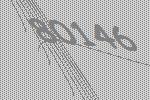
80146